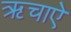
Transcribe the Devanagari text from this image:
ऋचाऐ